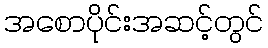
အစောပိုင်းအဆင့်တွင်